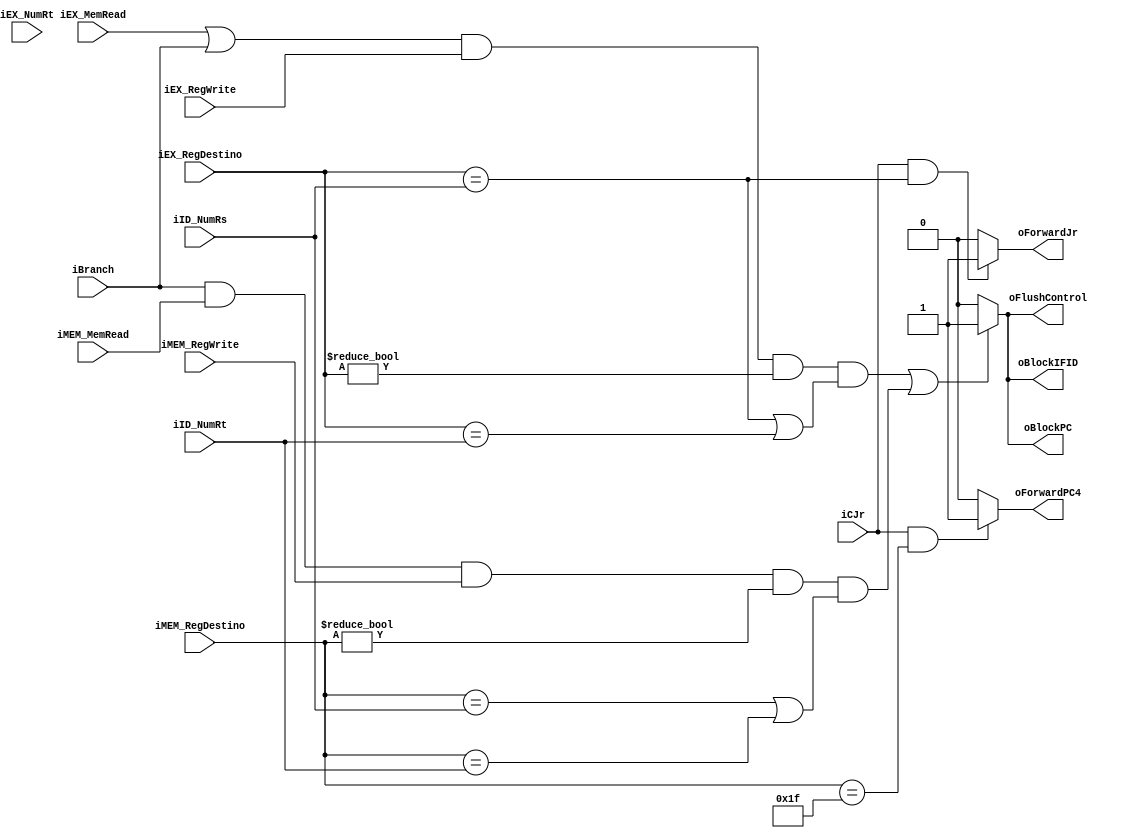
/*
 * Unidade de Deteccao de Hazard
 */
 module HazardUnit (
	iID_NumRs,
	iID_NumRt, 
	iEX_NumRt, 
	iEX_MemRead, // op == load?
	iEX_RegWrite,
	iCJr, // opcode == jr?
	iEX_RegDestino,
	iMEM_MemRead,
	iMEM_RegDestino,
	iMEM_RegWrite,
	iBranch, // op == beq || bne?
	oBlockPC, 
	oBlockIFID,
	oFlushControl,
	oForwardJr,
	oForwardPC4
);
	input wire [4:0] iID_NumRs, iID_NumRt, iEX_NumRt, iEX_RegDestino, iMEM_RegDestino;
	input wire iEX_MemRead,iEX_RegWrite, iMEM_MemRead, iMEM_RegWrite, iCJr, iBranch;
	output reg oBlockPC, oBlockIFID, oFlushControl, oForwardJr, oForwardPC4;
	
	always @( * )
	begin
		// Hazard de dados
		// Bug em potencial: gerar bolha apos instrucoes que nao escrevem no registrador
    // Ex: beq $t1, $t0, LABEL1 e beq $t2, $t0, LABEL2 podem gerar bolha desnecessaria, pois $t0 eh considerado RegDestino (teria que arrumar em Control.v)
		if (
     // Condicao antiga. Nao funcionava porque em alguns casos o reg de destino era o rd, nao o rt
     // ( (iEX_MemRead || iBranch) && (iEX_NumRt != 5'b0) && ((iEX_NumRt == iID_NumRs) || (iEX_NumRt == iID_NumRt)) ) // EX (load) -> ID
		 
	/*	 Condicao antiga. Gerava bolhas para instrues que no escreviam no banco de registradores
   ( (iEX_MemRead || iBranch) && (iEX_RegDestino != 5'b0) && ((iEX_RegDestino == iID_NumRs) || (iEX_RegDestino == iID_NumRt)) ) // EX (load) -> ID && EX (ULA) -> ID
		 || ( iBranch && iMEM_MemRead && (iMEM_RegDestino != 5'b0) && ((iMEM_RegDestino == iID_NumRs) || (iMEM_RegDestino == iID_NumRt)) ) // MEM (load) -> ID
    // || ( iBranch && ((iEX_RegDestino == iIF_ID_NumRs) || (iEX_RegDestino == iIF_ID_NumRt)) ) // travando */
	 
   (  (iEX_MemRead || iBranch) && iEX_RegWrite && (iEX_RegDestino != 5'b0) && ((iEX_RegDestino == iID_NumRs) || (iEX_RegDestino == iID_NumRt)) ) // EX (load) -> ID && EX (ULA) -> ID
		 || ( iBranch && iMEM_MemRead && iMEM_RegWrite && (iMEM_RegDestino != 5'b0) && ((iMEM_RegDestino == iID_NumRs) || (iMEM_RegDestino == iID_NumRt)) ) // MEM (load) -> ID
		 
		)
		begin
			oBlockPC      = 1;
			oBlockIFID    = 1;
			oFlushControl = 1;
		end
		else begin
			oBlockPC      = 0;
			oBlockIFID    = 0;
			oFlushControl = 0;
		end
		
		// se op = jr e registrador estiver sendo atribuido em EX, faz forwarding da ALU
		oForwardJr = ((iCJr) && (iEX_RegDestino == iID_NumRs)) ? 1'b1 : 1'b0;
		
		oForwardPC4 = ((iCJr) && (iMEM_RegDestino == 5'd31)) ? 1'b1 : 1'b0;
	end
	
endmodule